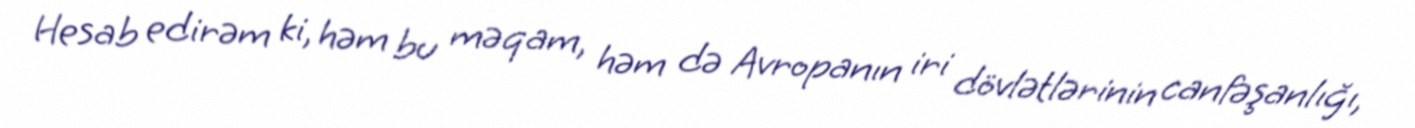
Hesab edirəm ki, həm bu məqam, həm də Avropanın iri dövlətlərinin canfəşanlığı,